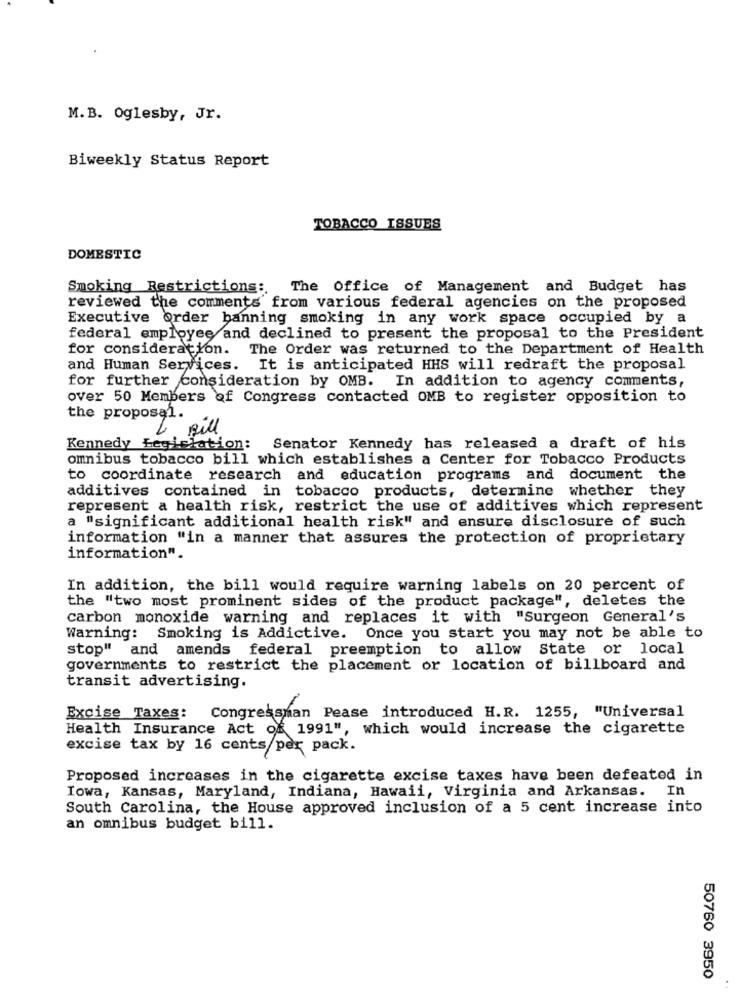
M. B. Oglesby, Jr.
Biweekly Status Report
TOBACCO ISSUES
DOMESTIC
Smoking Restrictions: The Office of Management and Budget has
reviewed the comments' from various federal agencies on the proposed
Executive order banning smoking in any work space occupied by a
federal employee and declined to present the proposal to the President
for consideration.
The Order was returned to the Department of Health
and Human Services.
It is anticipated HHS will redraft the proposal
for further consideration by OMB. In addition to agency comments,
over 50 Members of Congress contacted OMB to register opposition to
the proposal.
L. Bill
Kennedy tegiciation:
Senator Kennedy has released a draft of his
omnibus tobacco bill which establishes a Center for Tobacco Products
to coordinate research and education programs and document the
additives contained in tobacco products, determine whether they
represent a health risk, restrict the use of additives which represent
a "significant additional health risk" and ensure disclosure of such
information "in a manner that assures the protection of proprietary
information".
In addition, the bill would require warning labels on 20 percent of
the "two most prominent sides of the product package", deletes the
carbon monoxide warning and replaces it with "Surgeon General's
Warning: Smoking is Addictive. Once you start you may not be able to
stop" and amends federal preemption to allow State or local
governments to restrict the placement or location of billboard and
transit advertising.
Excise Taxes: Congressman Pease introduced H.R. 1255, "Universal
Health Insurance Act of 1991", which would increase the cigarette
excise tax by 16 cents per pack.
Proposed increases in the cigarette excise taxes have been defeated in
Iowa, Kansas, Maryland, Indiana, Hawaii, Virginia and Arkansas. In
South Carolina, the House approved inclusion of a 5 cent increase into
an omnibus budget bill.
50760 3950